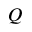
Q